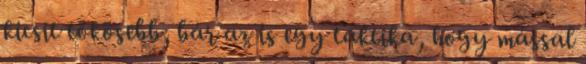
kicsit tökösebb, bár az is egy taktika, hogy mással